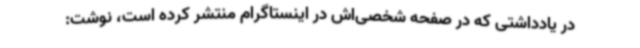
در یادداشتی که در صفحه شخصی‌اش در اینستاگرام منتشر کرده است، نوشت: